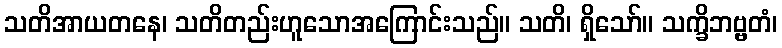
သတိအာယတနေ၊ သတိတည်းဟူသောအကြောင်းသည်။ သတိ၊ ရှိသော်။ သက္ခိဘဗ္ဗတံ၊